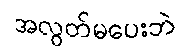
အလွတ်မပေးဘဲ